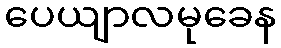
ပေယျာလမုခေန